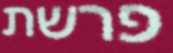
פרשת